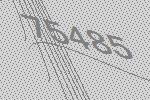
75485